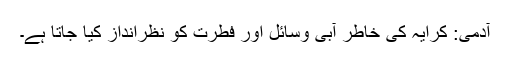
آدمی: کرایہ کی خاطر آبی وسائل اور فطرت کو نظرانداز کیا جاتا ہے۔